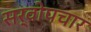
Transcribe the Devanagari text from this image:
सर्वोपचार